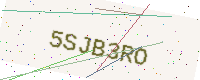
Text: 5SJB3RO